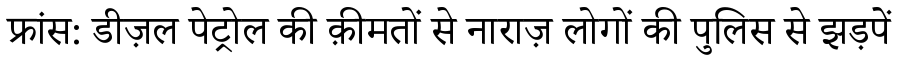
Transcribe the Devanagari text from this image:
फ्रांस: डीज़ल पेट्रोल की क़ीमतों से नाराज़ लोगों की पुलिस से झड़पें